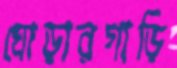
ঘোড়ারগাড়ি